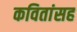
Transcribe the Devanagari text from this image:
कवितांसह